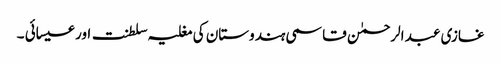
غازی عبد الرحمٰن قاسمی ہندوستان کی مغلیہ سلطنت اور عیسائی ۔